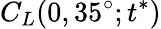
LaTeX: C_{L}(0,35^{\circ};t^{*})